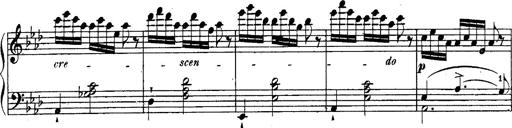
Title: Schubert's Impromptus [revised and edited by Franz Liszt]
Composer: Franz Liszt